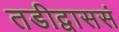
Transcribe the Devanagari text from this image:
तडीद्वाससं